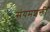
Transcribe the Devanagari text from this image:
संयमशक्ती